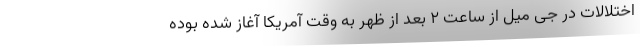
اختلالات در جی میل از ساعت ۲ بعد از ظهر به وقت آمریکا آغاز شده بوده